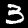
Label: 3